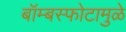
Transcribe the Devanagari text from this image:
बॉम्बस्फोटामुळे